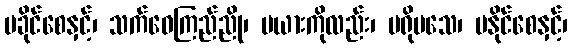
မခိုင်စေနှင့်၊ သက်ဝေကြည်ညို၊ မယားကိုလည်း၊ မရိုမသေ၊ မနိုင်စေနှင့်၊